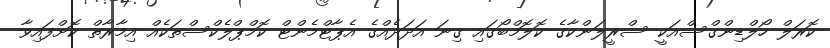
ކޮރަލް ހޯލްޑިންގްސްއަކީ ސްރީލަންކާގެ ކޮލޮމްބޯގައި ގިނަ އަދަދެއްގެ އެޕާޓްމެންޓް ކޮމްޕްލެކްސްތަކެއް އިމާރާތް ކޮށްފައިވާ